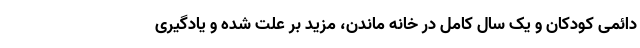
دائمی کودکان و یک سال کامل در خانه ماندن، مزید بر علت شده و یادگیری